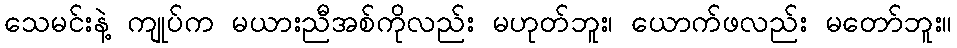
သေမင်းနဲ့ ကျုပ်က မယားညီအစ်ကိုလည်း မဟုတ်ဘူး၊ ယောက်ဖလည်း မတော်ဘူး။